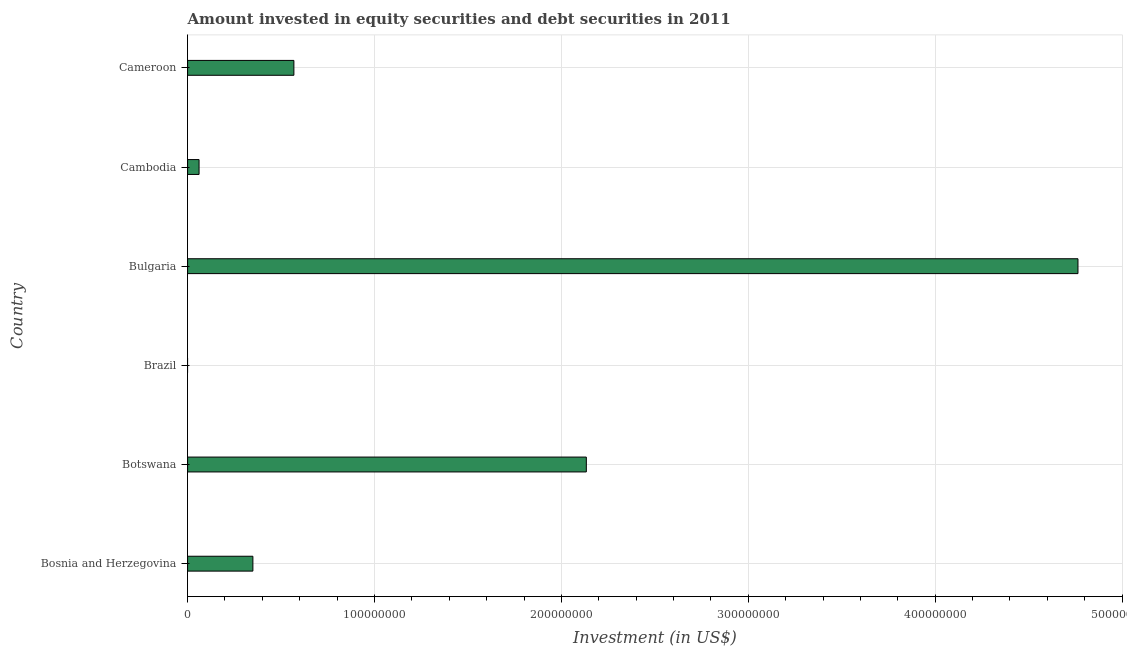
| Country | Portfolio Investment |
 | --- | --- |
 | Bosnia and Herzegovina | 3.49e+07 |
 | Botswana | 2.13e+08 |
 | Brazil | -3.53e+10 |
 | Bulgaria | 4.76e+08 |
 | Cambodia | 6.14e+06 |
 | Cameroon | 5.69e+07 |